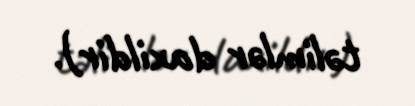
təlimlər daxildir).